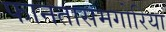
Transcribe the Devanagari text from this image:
फानतासमगोरिया